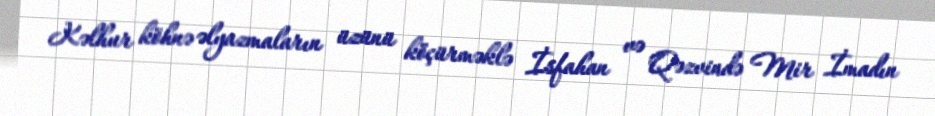
Kəlhur köhnə əlyazmaların üzünü köçürməklə İsfahan və Qəzvində Mir İmadın